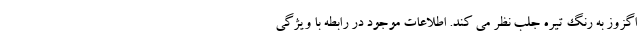
اگزوز به رنگ تیره جلب نظر می کند. اطلاعات موجود در رابطه با ویژگی